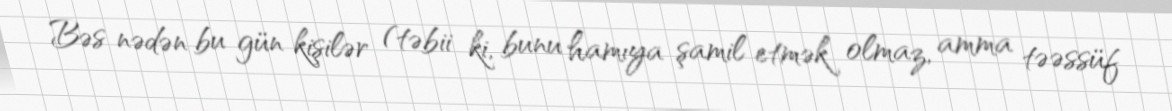
Bəs nədən bu gün kişilər (təbii ki, bunu hamıya şamil etmək olmaz, amma təəssüf